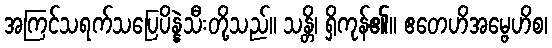
အကြင်သရက်သပြေပိန္နဲသီးတို့သည်။ သန္တိ၊ ရှိကုန်၏။ ဧတေဟိအမ္ဗေဟိစ၊